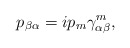
\begin{align*}p_{\beta\alpha}=ip_m\gamma^{m}_{\alpha\beta},\end{align*}